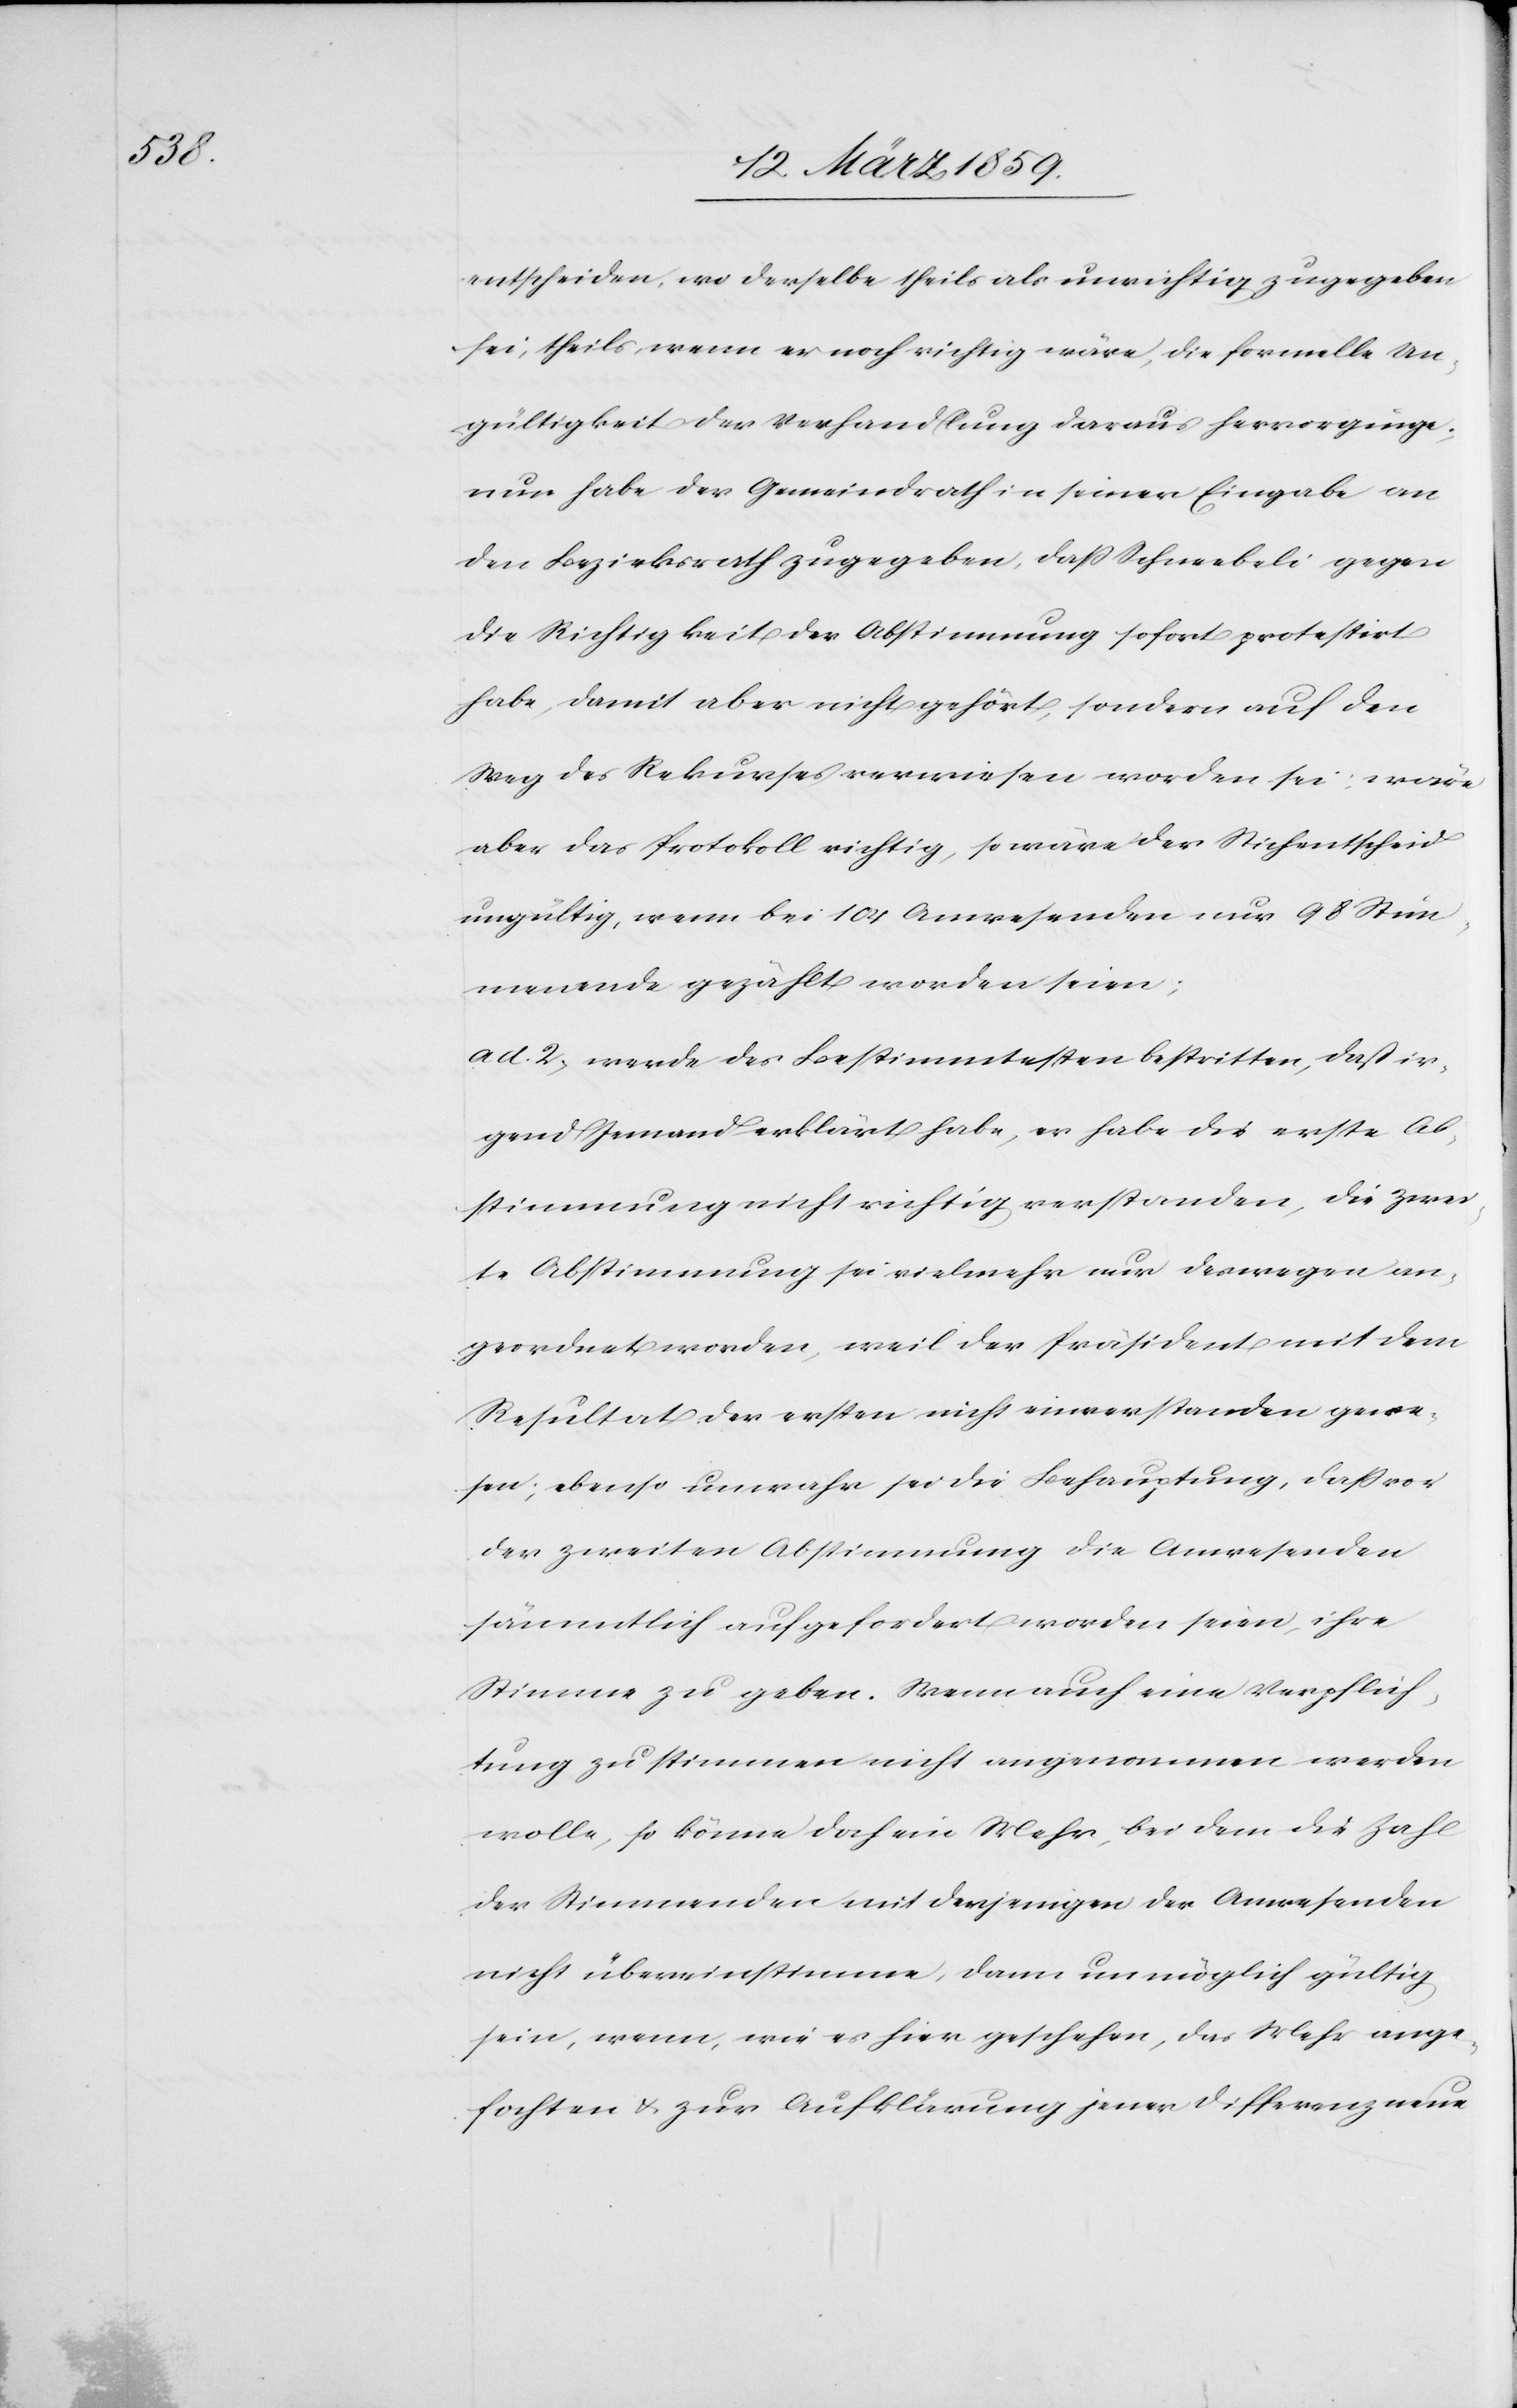
entscheiden, wo derselbe theils als unrichtig zugegeben
sei, theils, wenn er noch richtig wäre, die formelle Un¬
gültigkeit der Verhandlung daraus hervorginge;
nur habe der Gemeindrath in seiner Eingabe an
den Bezirksrath zugegeben, daß Schneebeli gegen
die Richtigkeit der Abstimmung sofort protestirt
habe, damit aber nicht gehört, sondern auf den
Weg des Rekurses verwiesen worden sei: wäre
aber das Protokoll richtig, so wäre der Stichentscheid
ungültig, wenn bei 104 Anwesenden nur 98 Stim¬
mende gezählt worden seien;
ad 2) werde des Bestimmtesten bestritten, daß ir¬
gend Jemand erklärt habe, er habe die erste Ab¬
stimmung nicht richtig verstanden, die zwei¬
te Abstimmung sei vielmehr nur deswegen un¬
geordnet worden, weil der Präsident mit dem
Resultat der ersten nicht einverstanden gewe¬
sen; ebenso unwahr sei die Behauptung, daß vor
der zweiten Abstimmung die Anwesenden
sämmtlich aufgefordert worden seien, ihre
Stimme zu geben. Wenn auch eine Verpflich¬
tung zu stimmen nicht angenommen werden
wolle, so könne doch ein Mehr, bei dem die Zahl
der Stimmmenden mit derjenigen der Anwesenden
nicht übereinstimme, dann unmöglich gültig
sein, wenn, wie es hier geschehen, das Mehr ange¬
fochten & zur Aufklärung jener Differenz neue